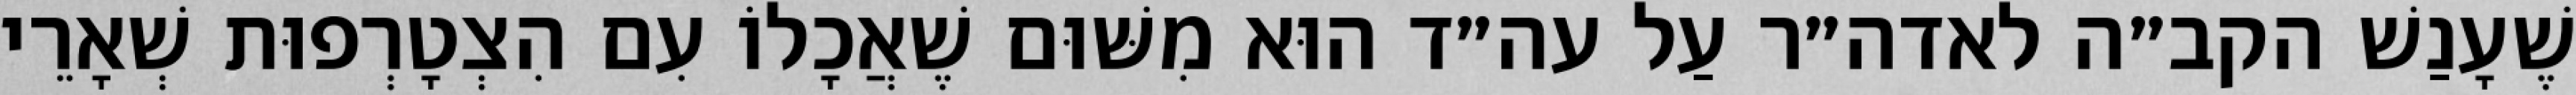
שֶׁעָנַשׁ הקב״ה לאדה״ר עַל עה״ד הוּא מִשּׁוּם שֶׁאֲכָלוֹ עִם הִצְטָרְפוּת שְׁאָרֵי